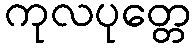
ကုလပုတ္တေ